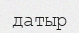
датыр